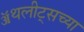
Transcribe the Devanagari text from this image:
ॲथलीट्सच्या